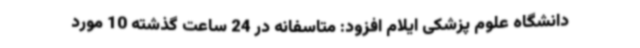
دانشگاه علوم پزشکی ایلام افزود: متاسفانه در 24 ساعت گذشته 10 مورد